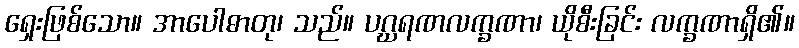
ရှေးဖြစ်သော။ အာပေါဓာတု၊ သည်။ ပဂ္ဃရဏလက္ခဏာ၊ ယိုစီးခြင်း လက္ခဏာရှိ၏။